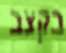
בקצב